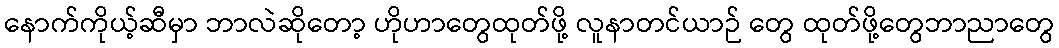
နောက်ကိုယ့်ဆီမှာ ဘာလဲဆိုတော့ ဟိုဟာတွေထုတ်ဖို့ လူနာတင်ယာဉ် တွေ ထုတ်ဖို့တွေဘာညာတွေ